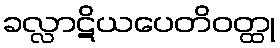
ခလ္လာဋိယပေတိဝတ္ထု